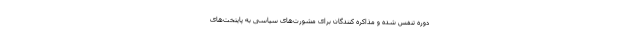
دوره تنفس شده و مذاکره کنندگان برای مشورت‌های سیاسی به پایتخت‌های